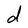
Character: d